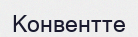
Конвентте